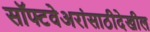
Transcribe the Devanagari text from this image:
सॉफ्टवेअरांसाठीदेखील